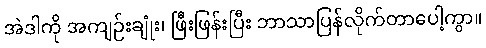
အဲဒါကို အကျဉ်းချုံး၊ ဖြီးဖြန်းပြီး ဘာသာပြန်လိုက်တာပေါ့ကွာ။